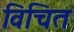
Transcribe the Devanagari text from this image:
विचित